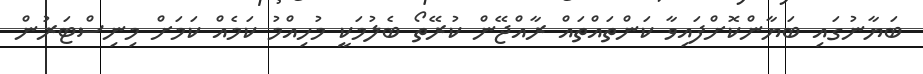
ބަޔާނުގައި ބަޔާންކޮށްފައިވާ ކަންތައްތައް ރާއްޖޭން ކުރޭތޯ ބެލުމަކީ މުހިއްމު ކަމެއް ކަމަށް މިނިސްޓަރުން